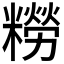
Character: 𫃑